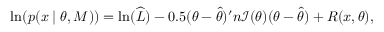
\ln ( p ( x \mid \theta , M ) ) = \ln ( { \widehat { L } } ) - 0 . 5 ( \theta - { \widehat { \theta } } ) ^ { \prime } n { \mathcal { I } } ( \theta ) ( \theta - { \widehat { \theta } } ) + R ( x , \theta ) ,